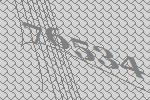
76534